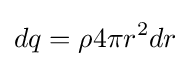
dq=\rho 4\pi r^{2}dr